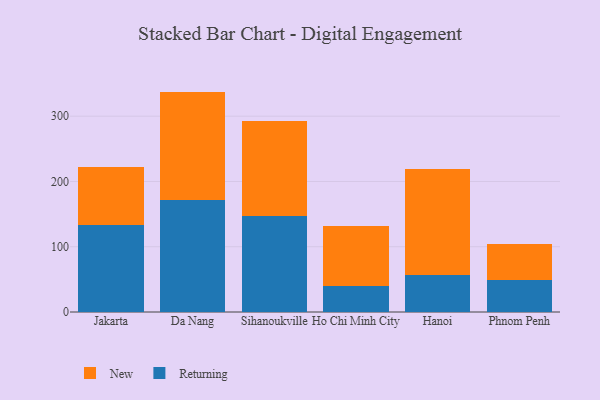
{"axis": {"x": "City", "y": "Operating Costs (USD K)"}, "legend": ["New", "Returning"], "data": [{"x": "Jakarta", "y": 133.4, "type": "Returning"}, {"x": "Jakarta", "y": 89.2, "type": "New"}, {"x": "Da Nang", "y": 172.3, "type": "Returning"}, {"x": "Da Nang", "y": 165.4, "type": "New"}, {"x": "Sihanoukville", "y": 146.4, "type": "Returning"}, {"x": "Sihanoukville", "y": 145.7, "type": "New"}, {"x": "Ho Chi Minh City", "y": 40.1, "type": "Returning"}, {"x": "Ho Chi Minh City", "y": 91.3, "type": "New"}, {"x": "Hanoi", "y": 57.0, "type": "Returning"}, {"x": "Hanoi", "y": 162.8, "type": "New"}, {"x": "Phnom Penh", "y": 49.2, "type": "Returning"}, {"x": "Phnom Penh", "y": 54.5, "type": "New"}]}